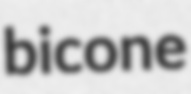
bicone